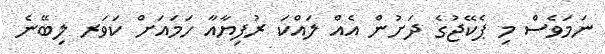
ނަމަވެސް މި ޕެކޭޖުގެ ދަށުން އެއް ލައްކަ ރުފިޔާއާ ހަމައަށް ކަވަރ ލިބޭނެ